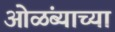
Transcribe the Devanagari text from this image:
ओळंब्याच्या